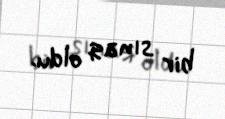
bir sınaq oldu.